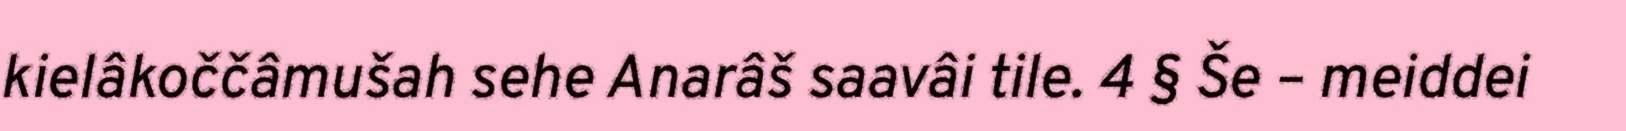
kielâkoččâmušah sehe Anarâš saavâi tile. 4 § Še – meiddei